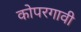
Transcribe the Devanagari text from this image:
कोपरगावी